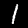
Digit: 1